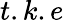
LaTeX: t.k.e